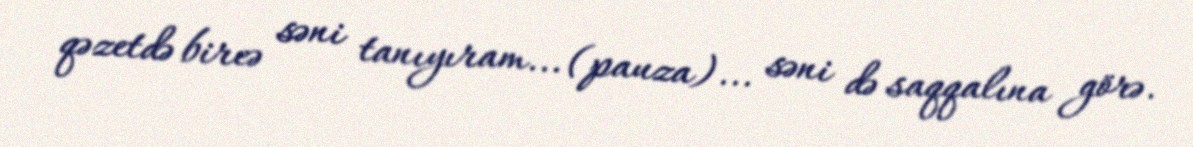
qəzetdə bircə səni tanıyıram... (pauza)... səni də saqqalına görə.